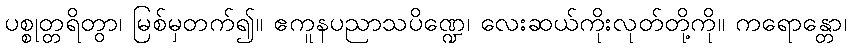
ပစ္စုတ္တရိတွာ၊ မြစ်မှတက်၍။ ဧကူနပညာသပိဏ္ဍေ၊ လေးဆယ်ကိုးလုတ်တို့ကို။ ကရောန္တော၊